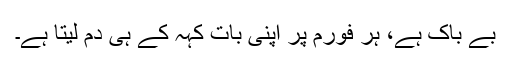
بے باک ہے، ہر فورم پر اپنی بات کہہ کے ہی دم لیتا ہے۔